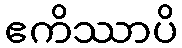
ဧကိဿာပိ